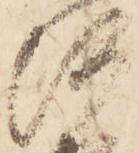
河